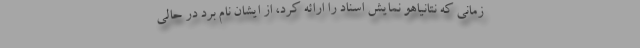
زمانی که نتانیاهو نمایش اسناد را ارائه کرد، از ایشان نام برد در حالی